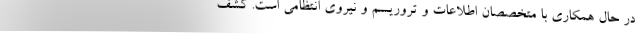
در حال همکاری با متخصصان اطلاعات و تروریسم و نیروی انتظامی است. کشف